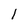
Character: l